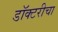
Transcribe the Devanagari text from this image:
डॉक्टरीचा